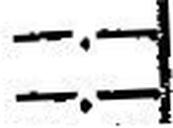
—.—